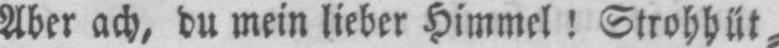
Aber ach, du mein lieber Himmel! Strohhüt⸗